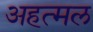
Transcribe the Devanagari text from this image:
अहत्मल